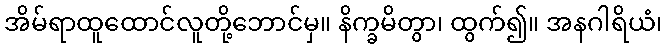
အိမ်ရာထူထောင်လူတို့ဘောင်မှ။ နိက္ခမိတွာ၊ ထွက်၍။ အနဂါရိယံ၊